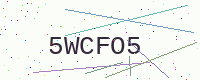
Text: 5WCFO5